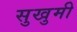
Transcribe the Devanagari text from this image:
सुखुमी